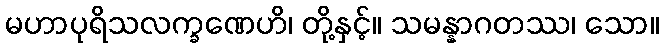
မဟာပုရိသလက္ခဏေဟိ၊ တို့နှင့်။ သမန္နာဂတဿ၊ သော။